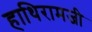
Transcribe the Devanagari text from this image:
हाथिरामजी